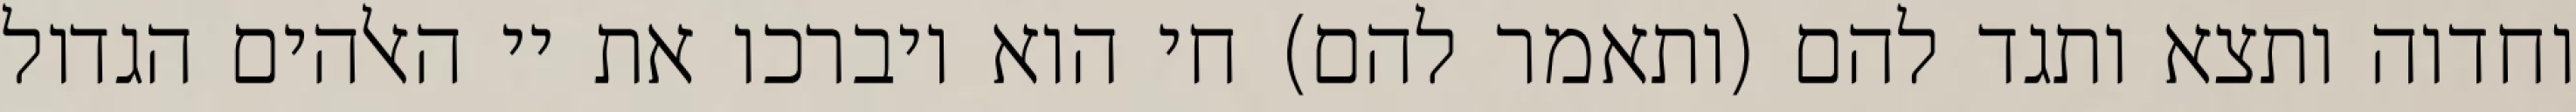
וחדוה ותצא ותגד להם (ותאמר להם) חי הוא ויברכו את יי האלהים הגדול